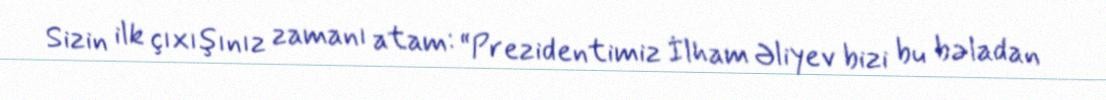
Sizin ilk çıxışınız zamanı atam: “Prezidentimiz İlham Əliyev bizi bu bəladan